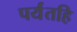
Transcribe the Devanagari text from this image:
पर्यंतहि